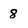
Character: 8